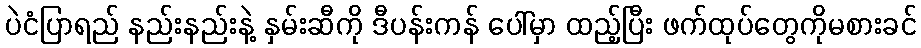
ပဲငံပြာရည် နည်းနည်းနဲ့ နှမ်းဆီကို ဒီပန်းကန် ပေါ်မှာ ထည့်ပြီး ဖက်ထုပ်တွေကိုမစားခင်